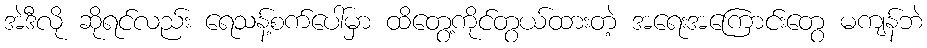
အဲဒီလို ဆိုရင်လည်း ရေသန့်စက်ပေါ်မှာ ထိတွေ့ကိုင်တွယ်ထားတဲ့ အရေးအကြောင်းတွေ မကျန်ဘဲ